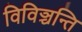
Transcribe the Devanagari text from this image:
विविञ्चन्ति